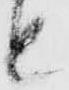
と